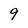
Character: 9